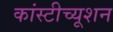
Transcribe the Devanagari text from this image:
कांस्टीच्यूशन